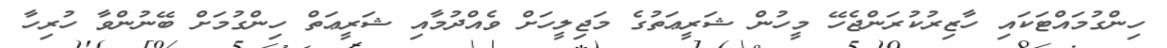
ހިންގުމައްޓަކައި ހާޒިރުކުރަންޖެހޭ މީހުން ޝަރީޢަތުގެ މަޖިލީހަށް ވެއްދުމާއި ޝަރީޢަތް ހިންގުމަށް ބޭނުންވާ ހުރިހާ